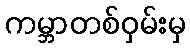
ကမ္ဘာတစ်ဝှမ်းမှ